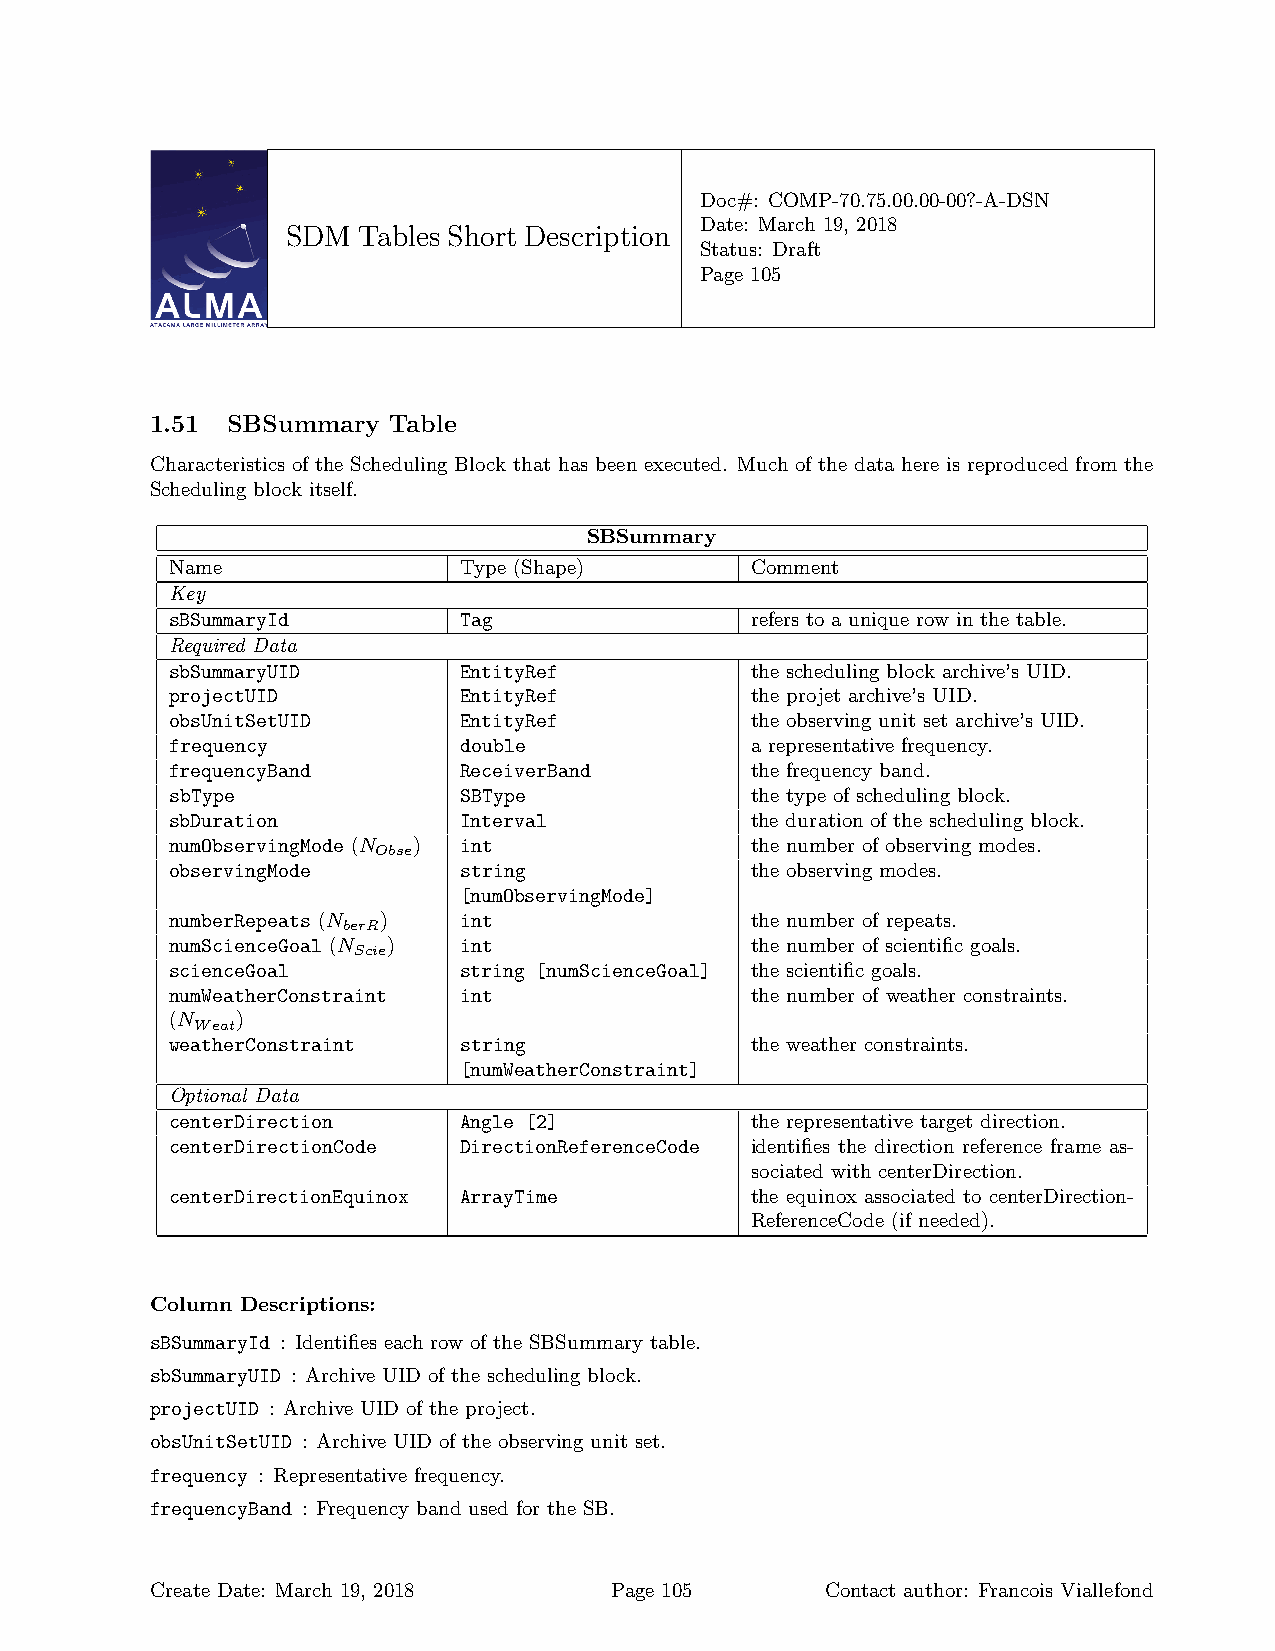
Doc#: COMP-70.75.00.00-00?-A-DSN
 Date: March 19, 2018
 SDM  Tables Short Description
 Status: Draft
 Page 105
 1.51 SBSummary  Table
 Characteristics of the Scheduling Block that has been executed. Much of the data here is reproduced from the
 Scheduling block itself.
 SBSummary
 Name               Type (Shape)        Comment
 Key
 sBSummaryId        Tag                 refers to a unique row in the table.
 Required Data
 sbSummaryUID       EntityRef           the scheduling block archive’s UID.
 projectUID         EntityRef           the projet archive’s UID.
 obsUnitSetUID      EntityRef           the observing unit set archive’s UID.
 frequency          double              a representative frequency.
 frequencyBand      ReceiverBand        the frequency band.
 sbType             SBType              the type of scheduling block.
 sbDuration         Interval            the duration of the scheduling block.
 numObservingMode (N ) int              the number of observing modes.
 Obse
 observingMode      string              the observing modes.
 [numObservingMode]
 numberRepeats (N ) int                 the number of repeats.
 berR
 numScienceGoal (N ) int                the number of scientific goals.
 Scie
 scienceGoal        string [numScienceGoal] the scientific goals.
 numWeatherConstraint int               the number of weather constraints.
 (N   )
 Weat
 weatherConstraint  string              the weather constraints.
 [numWeatherConstraint]
 Optional Data
 centerDirection    Angle [2]           the representative target direction.
 centerDirectionCode DirectionReferenceCode identifies the direction reference frame as-
 sociated with centerDirection.
 centerDirectionEquinox ArrayTime       the equinox associated to centerDirection-
 ReferenceCode (if needed).
 Column Descriptions:
 sBSummaryId : Identifies each row of the SBSummary table.
 sbSummaryUID : Archive UID of the scheduling block.
 projectUID : Archive UID of the project.
 obsUnitSetUID : Archive UID of the observing unit set.
 frequency : Representative frequency.
 frequencyBand : Frequency band used for the SB.
 Create Date: March 19, 2018   Page 105       Contact author: Francois Viallefond